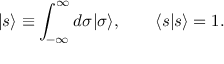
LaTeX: | s \rangle \equiv \int _ { - \infty } ^ { \infty } d \sigma | \sigma \rangle , \qquad \langle s | s \rangle = 1 .